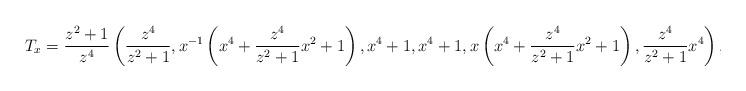
LaTeX: \begin{align*} T_x = \frac{z^2+1}{z^4} & \left(\frac{z^4}{z^2+1}, x^{-1}\left(x^4+\frac{z^4}{z^2+1}x^2+1\right), x^4+1, x^4+1, x \left(x^4+\frac{z^4}{z^2+1}x^2+1\right), \frac{z^4}{z^2+1} x^4\right),\end{align*}